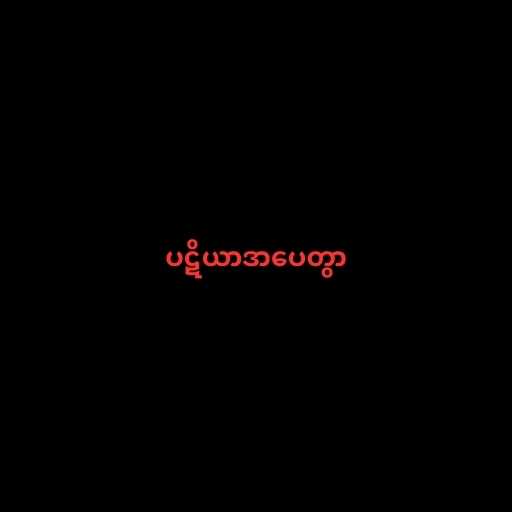
ပဋိယာဒာပေတွာ